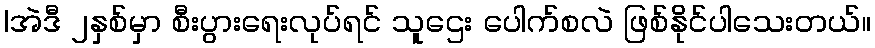
|အဲဒီ ၂နှစ်မှာ စီးပွားရေးလုပ်ရင် သူဌေး ပေါက်စလဲ ဖြစ်နိုင်ပါသေးတယ်။